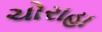
ચોરાહા